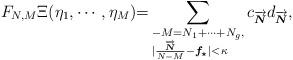
LaTeX: \begin{align*}F_{N, M}\Xi (\eta_{1}, \cdots, \eta_{M}){=} \sum_{\begin{subarray}N-M=N_{1}+\cdots+N_{g}, \\|\frac{\overrightarrow{\boldsymbol{N}}}{N-M}-\boldsymbol{f_{\star}}|<\kappa\end{subarray}}c_{\overrightarrow{\boldsymbol{N}}}d_{\overrightarrow{\boldsymbol{N}}}, \end{align*}